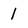
Character: 1